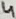
Text: 4